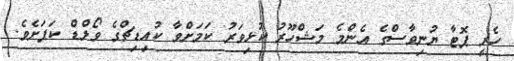
ހެރީ ޕޮޓާ ޔުނިވާސްގެ އެންމެ މަޝްހޫރު ކުޅިވަރު ކަމަށްވާ ކުއިޑިޗްގެ ވޯލްޑް ކަޕަށެވެ.